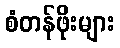
စံတန်ဖိုးများ